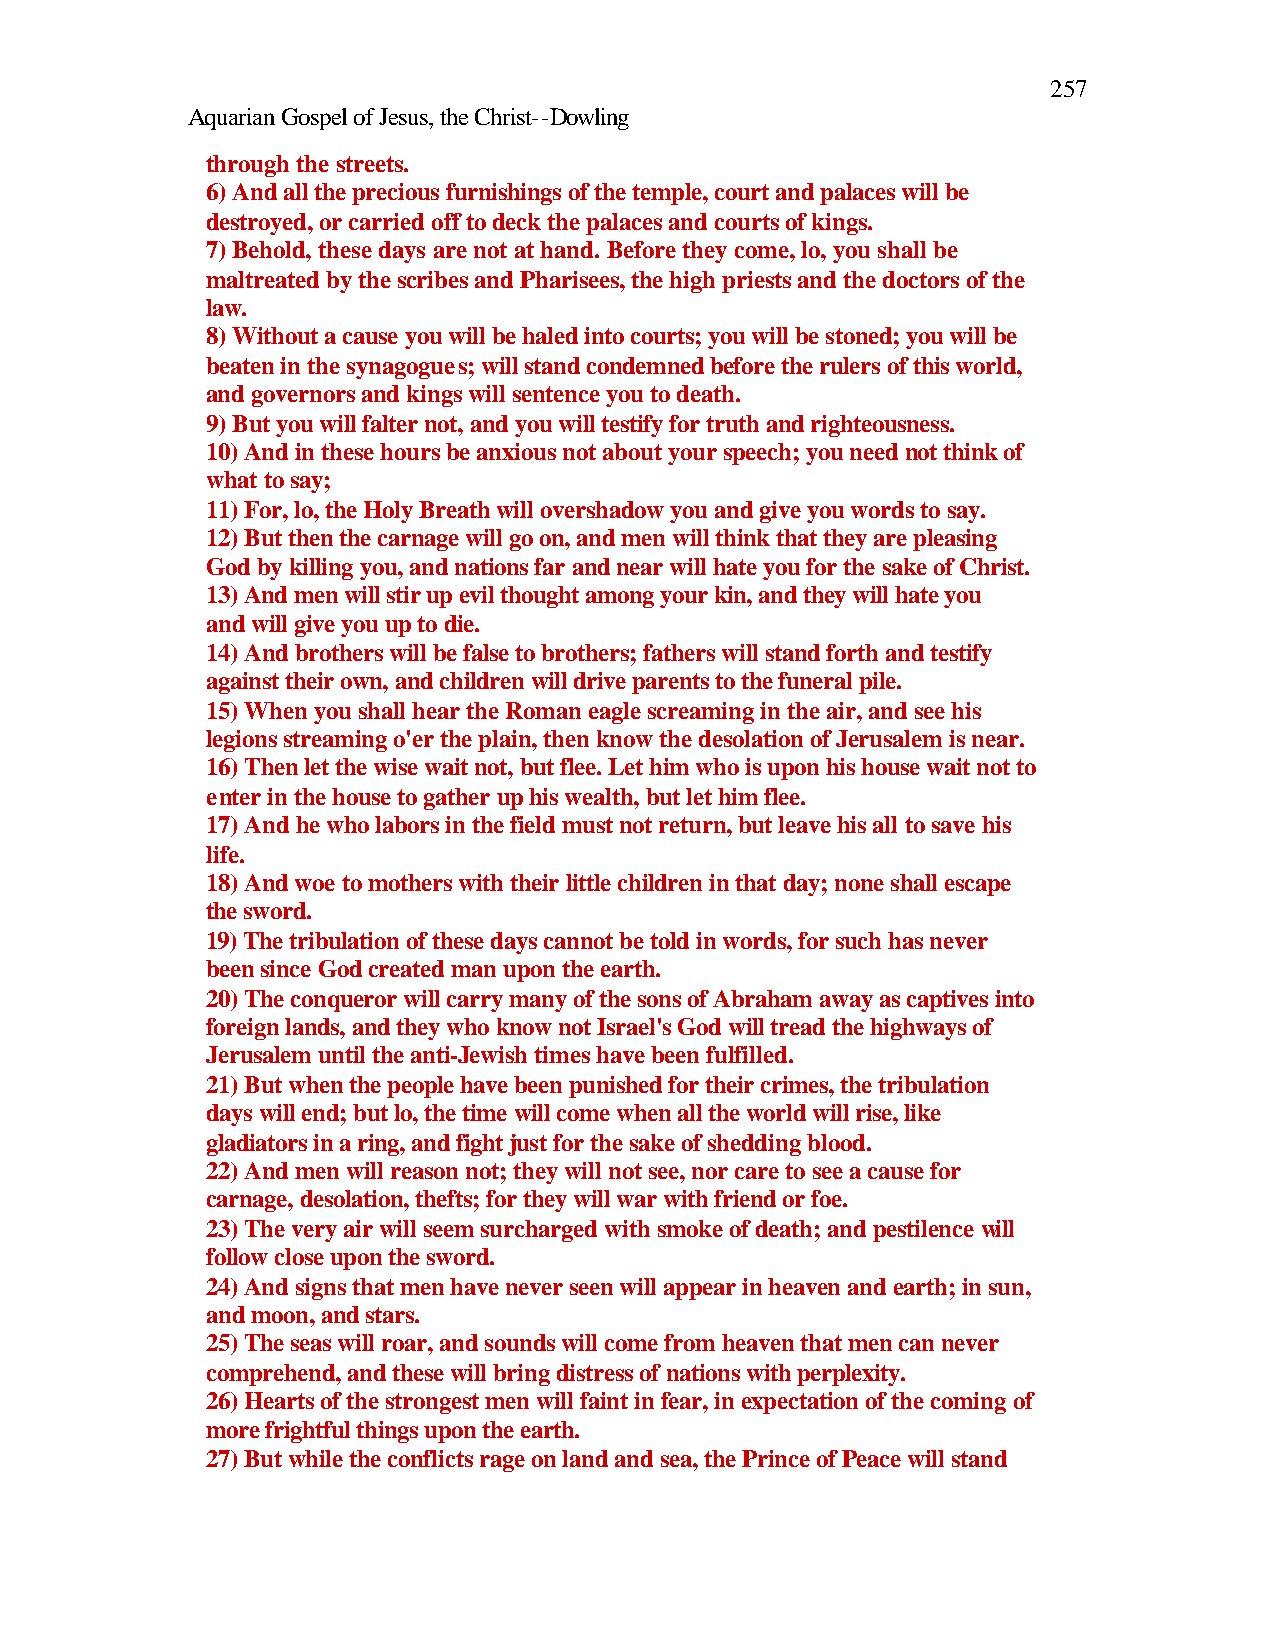
257
 Aquarian Gospel of Jesus, the Christ--Dowling
 through the streets.
 6) And all the precious furnishings of the temple, court and palaces will be
 destroyed, or carried off to deck the palaces and courts of kings.
 7) Behold, these days are not at hand. Before they come, lo, you shall be
 maltreated by the scribes and Pharisees, the high priests and the doctors of the
 law.
 8) Without a cause you will be haled into courts; you will be stoned; you will be
 beaten in the synagogues; will stand condemned before the rulers of this world,
 and governors and kings will sentence you to death.
 9) But you will falter not, and you will testify for truth and righteousness.
 10) And in these hours be anxious not about your speech; you need not think of
 what to say;
 11) For, lo, the Holy Breath will overshadow you and give you words to say.
 12) But then the carnage will go on, and men will think that they are pleasing
 God by killing you, and nations far and near will hate you for the sake of Christ.
 13) And men will stir up evil thought among your kin, and they will hate you
 and will give you up to die.
 14) And brothers will be false to brothers; fathers will stand forth and testify
 against their own, and children will drive parents to the funeral pile.
 15) When you shall hear the Roman eagle screaming in the air, and see his
 legions streaming o'er the plain, then know the desolation of Jerusalem is near.
 16) Then let the wise wait not, but flee. Let him who is upon his house wait not to
 enter in the house to gather up his wealth, but let him flee.
 17) And he who labors in the field must not return, but leave his all to save his
 life.
 18) And woe to mothers with their little children in that day; none shall escape
 the sword.
 19) The tribulation of these days cannot be told in words, for such has never
 been since God created man upon the earth.
 20) The conqueror will carry many of the sons of Abraham away as captives into
 foreign lands, and they who know not Israel's God will tread the highways of
 Jerusalem until the anti-Jewish times have been fulfilled.
 21) But when the people have been punished for their crimes, the tribulation
 days will end; but lo, the time will come when all the world will rise, like
 gladiators in a ring, and fight just for the sake of shedding blood.
 22) And men will reason not; they will not see, nor care to see a cause for
 carnage, desolation, thefts; for they will war with friend or foe.
 23) The very air will seem surcharged with smoke of death; and pestilence will
 follow close upon the sword.
 24) And signs that men have never seen will appear in heaven and earth; in sun,
 and moon, and stars.
 25) The seas will roar, and sounds will come from heaven that men can never
 comprehend, and these will bring distress of nations with perplexity.
 26) Hearts of the strongest men will faint in fear, in expectation of the coming of
 more frightful things upon the earth.
 27) But while the conflicts rage on land and sea, the Prince of Peace will stand